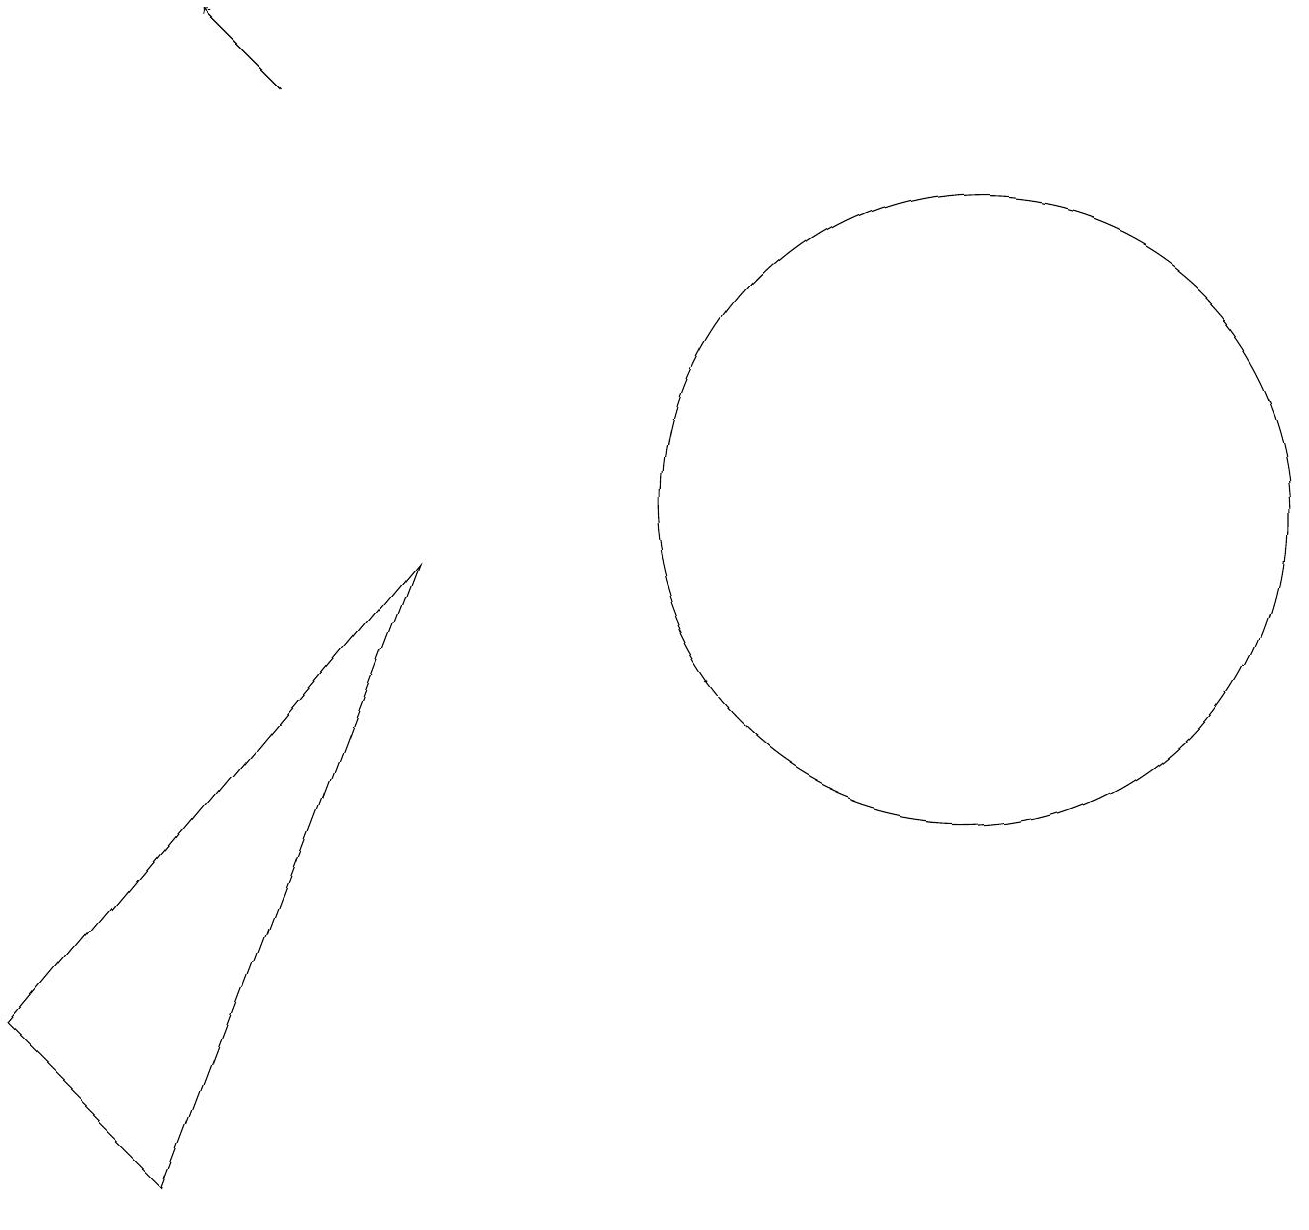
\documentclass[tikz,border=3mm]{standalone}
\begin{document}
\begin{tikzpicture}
\draw[->] (3,15) -- (2,16);
\draw (12,10) circle (4);
\draw (0,3) -- (2,1) -- (5,9) -- cycle;
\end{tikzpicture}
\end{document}